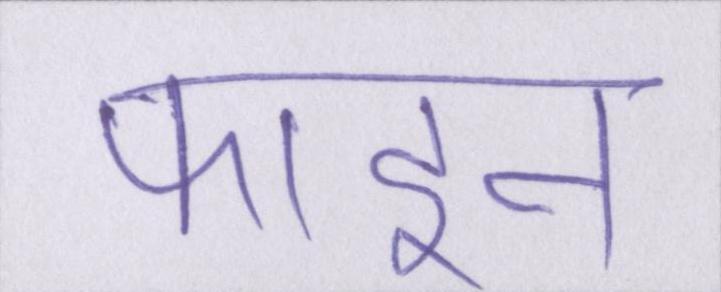
फाइन